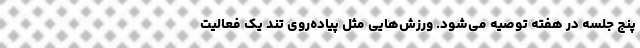
پنج جلسه در هفته توصیه می‌شود. ورزش‌هایی مثل پیاده‌روی تند یک فعالیت